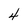
Character: 4